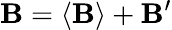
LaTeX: \mathbf{B}=\langle\mathbf{B}\rangle+\mathbf{B}^{\prime}